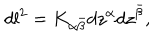
d l ^ { 2 } = K _ { \alpha { \bar { \beta } } } d z ^ { \alpha } d z ^ { \bar { \beta } } ,